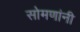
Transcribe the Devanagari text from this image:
सोमणांनी